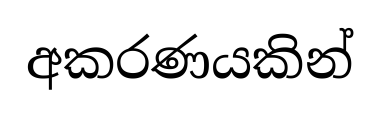
අකරණයකින්